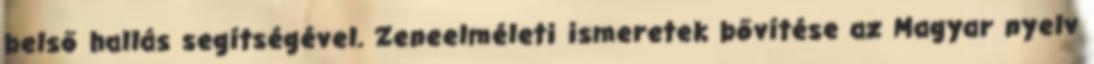
belső hallás segítségével. Zeneelméleti ismeretek bővítése az Magyar nyelv